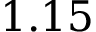
1 . 1 5